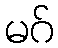
မဂ်